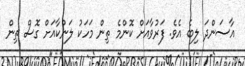
އާސަންދަ ލިބެ އެވެ. ފަރުވާއަށް ކޮންމެ ތިން މަހަކު ލަންކާއަށް ގޮސް ތިން